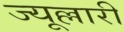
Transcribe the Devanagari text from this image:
ज्यूल्लारी